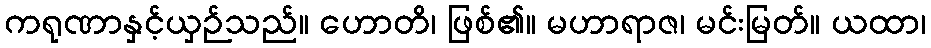
ကရုဏာနှင့်ယှဉ်သည်။ ဟောတိ၊ ဖြစ်၏။ မဟာရာဇ၊ မင်းမြတ်။ ယထာ၊